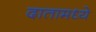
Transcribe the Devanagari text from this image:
दातामध्ये